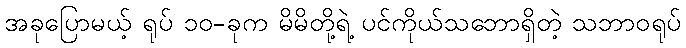
အခုပြောမယ့် ရုပ် ၁၀-ခုက မိမိတို့ရဲ့ ပင်ကိုယ်သဘောရှိတဲ့ သဘာဝရုပ်